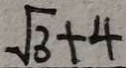
\sqrt { 3 } + 4